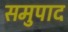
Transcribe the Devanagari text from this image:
समुपाद